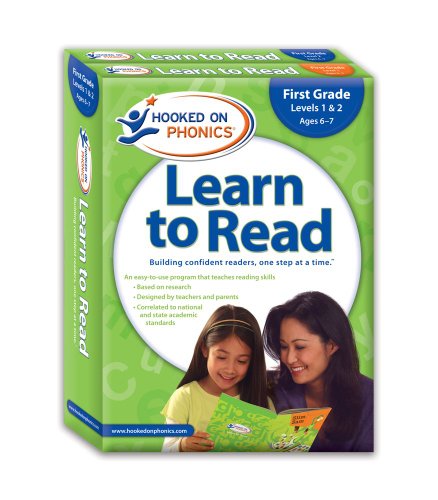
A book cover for Hooked on Phonics Learn to Read 1st Grade Complete; Hooked On Phonics.; Children's Books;